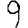
Digit: 9